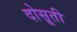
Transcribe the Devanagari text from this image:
दोसूती